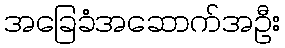
အခြေခံအဆောက်အဦး